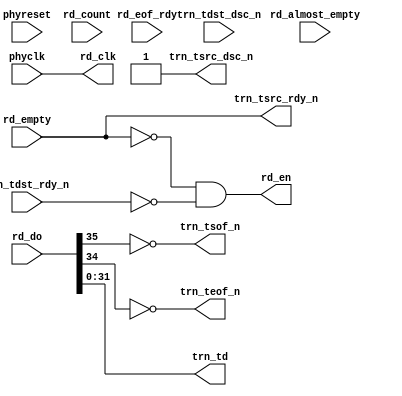
// txll_ll.v --- 
// 
// Description: 
// Maintainer: 
// Version: 
// Last-Updated: 
//           By: 
//     Update #: 0
// URL: 
// Keywords: 
// Compatibility: 
// 
// 

// Commentary: 
// 
// 
// 
// 

// Change log:
// 
// 
// 

// Copyright (C) 2008,2009 Beijing Soul tech.
// -------------------------------------
// Naming Conventions:
// 	active low signals                 : "*_n"
// 	clock signals                      : "clk", "clk_div#", "clk_#x"
// 	reset signals                      : "rst", "rst_n"
// 	generics                           : "C_*"
// 	user defined types                 : "*_TYPE"
// 	state machine next state           : "*_ns"
// 	state machine current state        : "*_cs"
// 	combinatorial signals              : "*_com"
// 	pipelined or register delay signals: "*_d#"
// 	counter signals                    : "*cnt*"
// 	clock enable signals               : "*_ce"
// 	internal version of output port    : "*_i"
// 	device pins                        : "*_pin"
// 	ports                              : - Names begin with Uppercase
// Code:
module txll_ll (/*AUTOARG*/
   // Outputs
   trn_td, trn_tsof_n, trn_teof_n, trn_tsrc_rdy_n, trn_tsrc_dsc_n,
   rd_clk, rd_en,
   // Inputs
   phyclk, phyreset, trn_tdst_rdy_n, trn_tdst_dsc_n, rd_count,
   rd_empty, rd_almost_empty, rd_do, rd_eof_rdy
   );
   input phyclk;
   input phyreset;
 
   output [31:0] trn_td;
   output        trn_tsof_n;
   output        trn_teof_n;
   output        trn_tsrc_rdy_n;
   output        trn_tsrc_dsc_n;
   input         trn_tdst_rdy_n;
   input         trn_tdst_dsc_n;
   
   input [9:0] 	 rd_count;
   input 	 rd_empty;
   input 	 rd_almost_empty;
   input [35:0]  rd_do;
   output 	 rd_clk;
   output 	 rd_en;
   input 	 rd_eof_rdy;

   /**********************************************************************/
   /*AUTOREG*/
   /**********************************************************************/
   assign trn_tsrc_dsc_n   = 1'b1; /* TODO */
   assign trn_tsrc_rdy_n   = rd_empty;
   assign rd_en            = trn_tsrc_rdy_n == 1'b0 && trn_tdst_rdy_n == 1'b0;
   assign trn_td           = rd_do[31:0];
   assign trn_tsof_n       = ~rd_do[35];
   assign trn_teof_n       = ~rd_do[34];
   assign rd_clk           = phyclk;
endmodule
// 
// txll_ll.v ends here